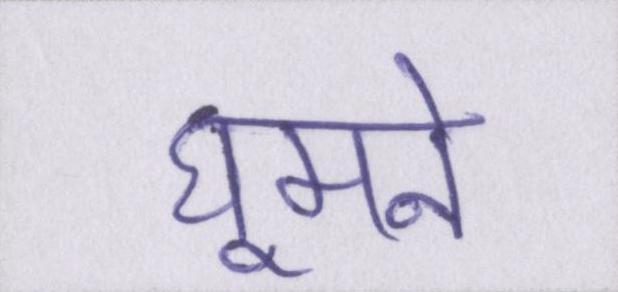
घूमने